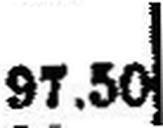
97.50